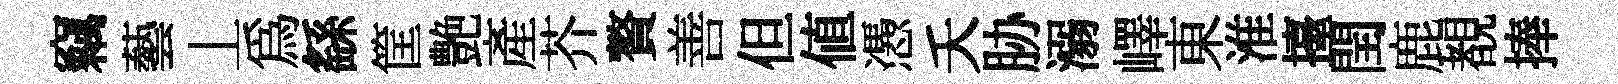
竊藝丄為繇筐艶產芥贅善但值慿夭胁溺嶧東淮擡閏鹿覩捧